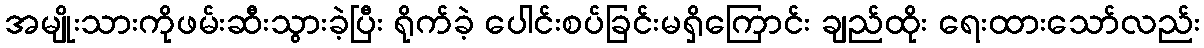
အမျိုးသားကိုဖမ်းဆီးသွားခဲ့ပြီး ရိုက်ခဲ့ ပေါင်းစပ်ခြင်းမရှိကြောင်း ချည်ထိုး ရေးထားသော်လည်း